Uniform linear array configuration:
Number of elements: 32
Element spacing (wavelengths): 1
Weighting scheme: blackman
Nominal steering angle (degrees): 30
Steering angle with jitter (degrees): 28.141
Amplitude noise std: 0.05
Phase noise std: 0.05

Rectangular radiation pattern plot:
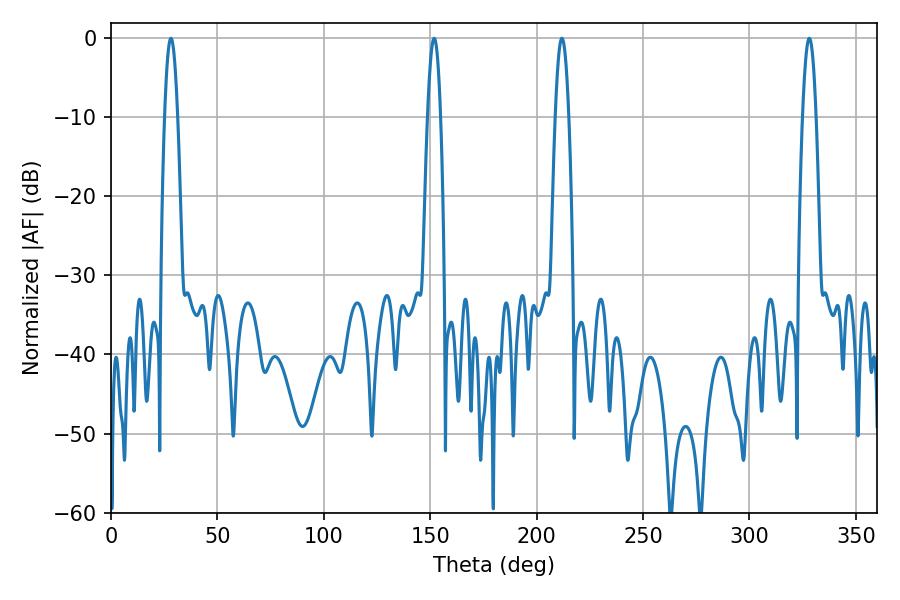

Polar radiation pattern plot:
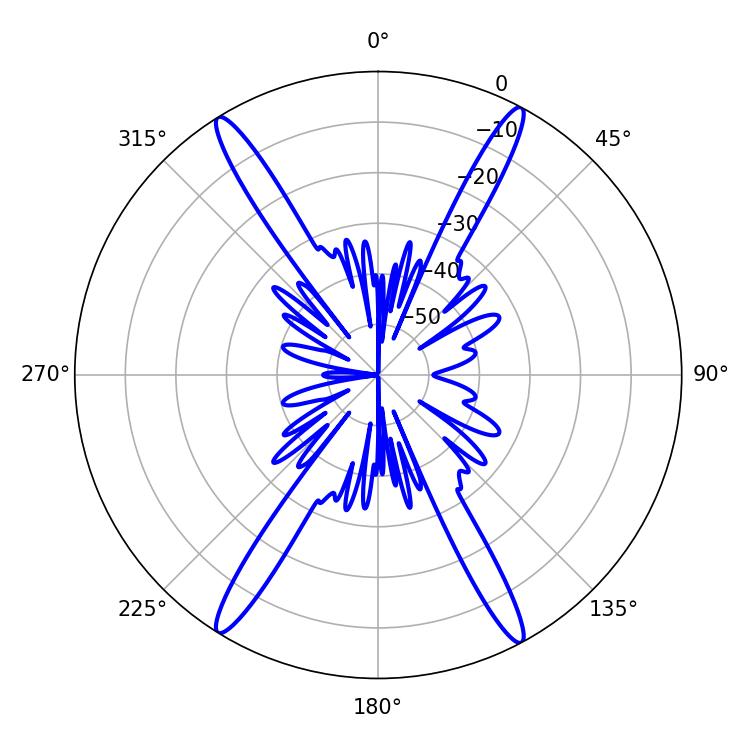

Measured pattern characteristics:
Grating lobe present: TRUE
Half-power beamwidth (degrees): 3.42
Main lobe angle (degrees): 328.14